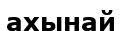
ахынай